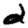
Digit: 2